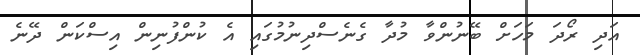
އަދި ރޯދަ މަހަށް ބޭނުންވާ މުދާ ގެނެސްދިނުމުގައި އެ ކުންފުނިން އިސްކަން ދޭނެ